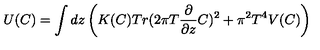
U ( C ) = \int d z \left( K ( C ) T r ( 2 \pi T { \frac { \partial } { \partial z } } C ) ^ { 2 } + \pi ^ { 2 } T ^ { 4 } V ( C ) \right)